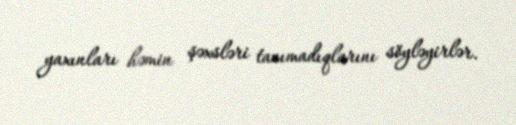
yaxınları həmin şəxsləri tanımadıqlarını söyləyirlər.